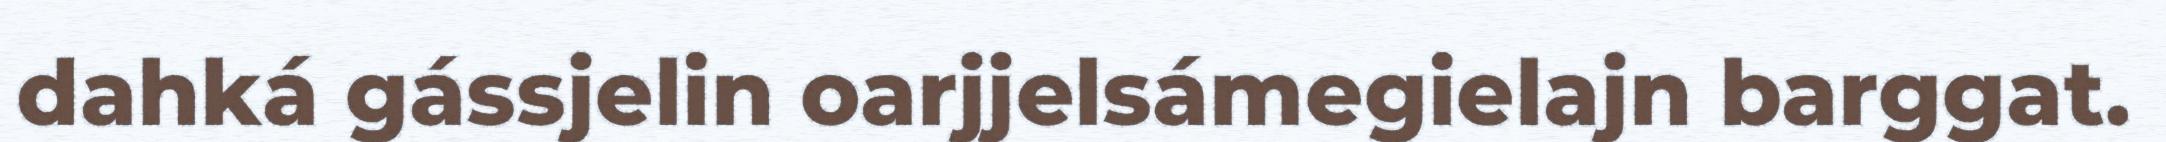
dahká gássjelin oarjjelsámegielajn barggat.